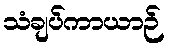
သံချပ်ကာယာဉ်